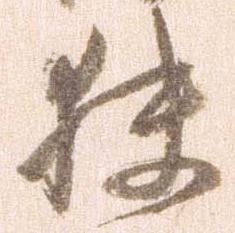
扶